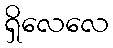
ရှိလေလေ